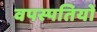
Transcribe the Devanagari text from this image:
वपस्पतियों